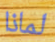
لماذا